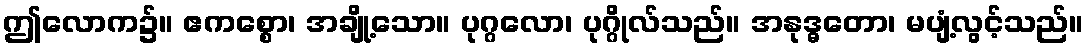
ဤလောက၌။ ဧကစ္စော၊ အချို့သော။ ပုဂ္ဂလော၊ ပုဂ္ဂိုလ်သည်။ အနုဒ္ဓတော၊ မပျံ့လွင့်သည်။